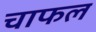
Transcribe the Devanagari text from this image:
चाफल